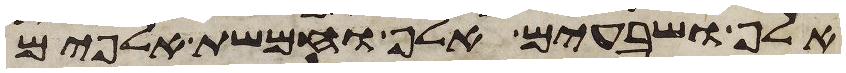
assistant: אלף ושבעים אלף וחמשת אלפים